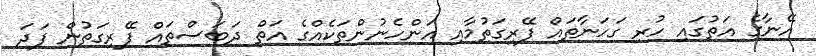
އޭނާގެ އަތުގައި ހުރި ގަހަނާތައް ފޭރިގަތުމާއި އަންހެނުންތަކެއްގެ އަތް ދަބަސްތައް ފޭރިގަތުން ފަދަ